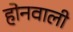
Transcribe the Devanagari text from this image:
होनवाली